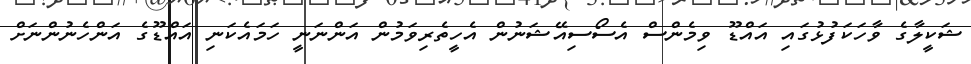
ޝަކީލާގެ ވާހަކަފުޅުގައި އައްޑޫ ވިމެންސް އެސޯސިއޭޝަނުން އެހީތެރިވަމުން އަންނަނީ ހަމައެކަނި އައްޑޫގެ އަންހެނުންނަށް